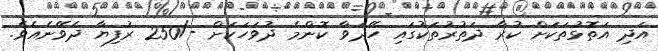
އަދި އަތޮޅުތަކަށް ކުރާ ދަތުރުތަކުގައި ހޭދަވާ ކޮންމެ ދުވަހަކަށް -/250 ރުފިޔާ ދެވޭނެއެވެ.